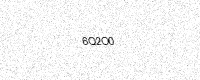
Text: 6Q2O0